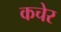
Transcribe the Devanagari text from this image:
कचेर